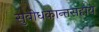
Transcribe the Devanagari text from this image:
सुबोधकान्तसहाय